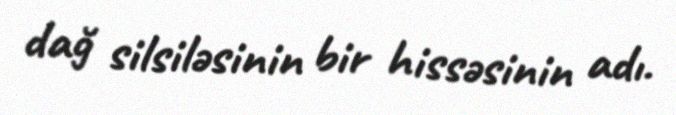
dağ silsiləsinin bir hissəsinin adı.